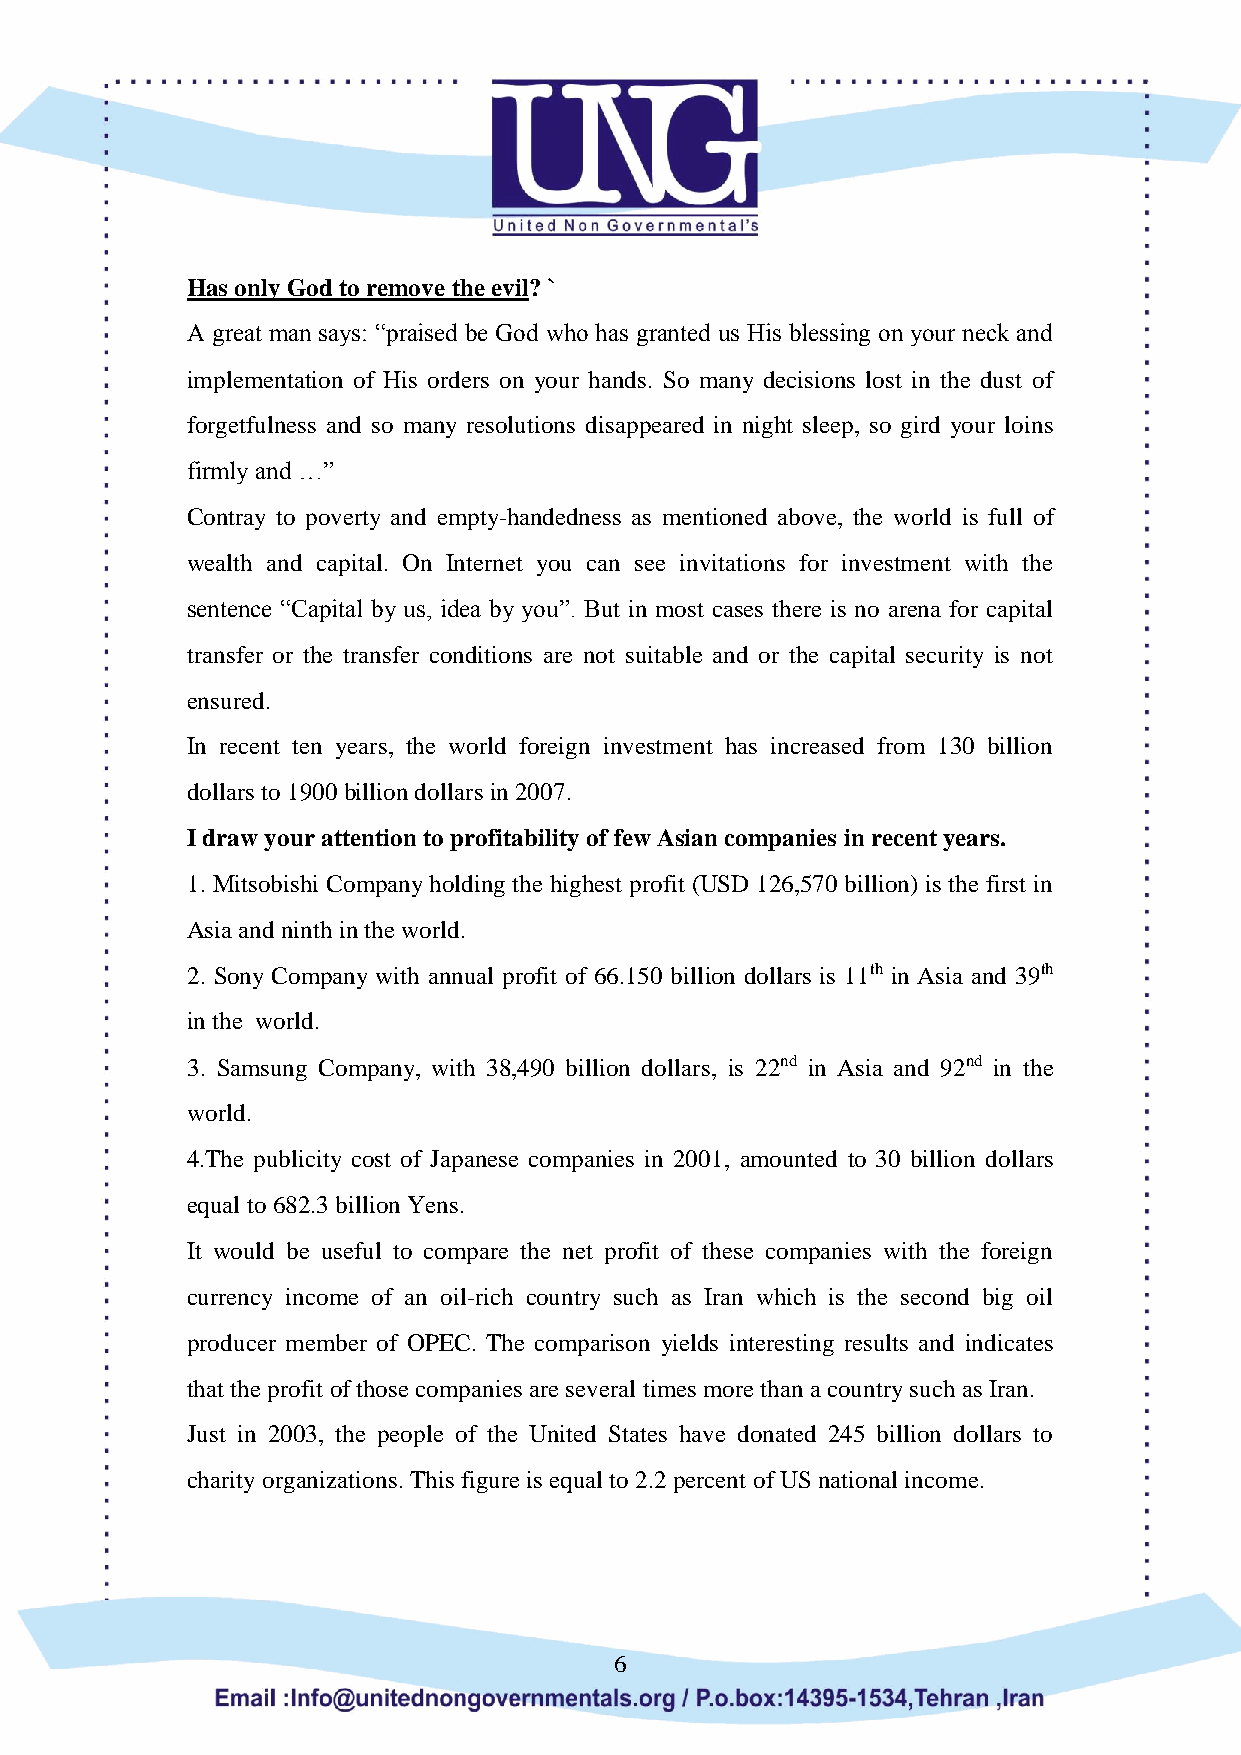
Has only God to remove the evil? `
 A great man says: “praised be God who has granted us His blessing on your neck and
 implementation of His orders on your hands. So many decisions lost in the dust of
 forgetfulness and so many resolutions disappeared in night sleep, so gird your loins
 firmly and …”
 Contray to poverty and empty-handedness as mentioned above, the world is full of
 wealth and capital. On Internet you can see invitations for investment with the
 sentence “Capital by us, idea by you”. But in most cases there is no arena for capital
 transfer or the transfer conditions are not suitable and or the capital security is not
 ensured.
 In recent ten years, the world foreign investment has increased from 130 billion
 dollars to 1900 billion dollars in 2007.
 I draw your attention to profitability of few Asian companies in recent years.
 1. Mitsobishi Company holding the highest profit (USD 126,570 billion) is the first in
 Asia and ninth in the world.
 2. Sony Company with annual profit of 66.150 billion dollars is 11th in Asia and 39th
 in the world.
 3. Samsung Company, with 38,490 billion dollars, is 22nd in Asia and 92nd in the
 world.
 4.The publicity cost of Japanese companies in 2001, amounted to 30 billion dollars
 equal to 682.3 billion Yens.
 It would be useful to compare the net profit of these companies with the foreign
 currency income of an oil-rich country such as Iran which is the second big oil
 producer member of OPEC. The comparison yields interesting results and indicates
 that the profit of those companies are several times more than a country such as Iran.
 Just in 2003, the people of the United States have donated 245 billion dollars to
 charity organizations. This figure is equal to 2.2 percent of US national income.
 6